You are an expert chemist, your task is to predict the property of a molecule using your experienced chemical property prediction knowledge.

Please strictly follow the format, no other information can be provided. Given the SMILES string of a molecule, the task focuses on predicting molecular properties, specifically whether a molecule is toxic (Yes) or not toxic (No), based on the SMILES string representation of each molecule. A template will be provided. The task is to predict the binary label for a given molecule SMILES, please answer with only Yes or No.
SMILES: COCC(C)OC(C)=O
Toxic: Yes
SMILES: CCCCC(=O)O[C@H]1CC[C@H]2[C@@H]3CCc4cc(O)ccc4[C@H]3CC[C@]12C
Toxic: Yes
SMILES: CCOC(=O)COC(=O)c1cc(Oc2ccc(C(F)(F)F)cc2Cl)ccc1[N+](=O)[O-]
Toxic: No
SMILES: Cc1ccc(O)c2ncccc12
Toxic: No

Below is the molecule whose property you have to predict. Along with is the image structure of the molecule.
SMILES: OCc1ccco1
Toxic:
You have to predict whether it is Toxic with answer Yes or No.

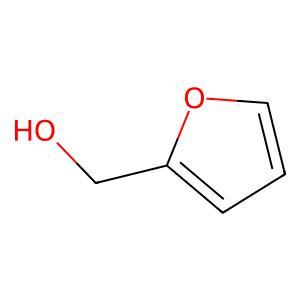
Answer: No